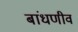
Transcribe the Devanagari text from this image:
बांधणीव